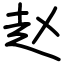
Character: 赵